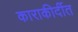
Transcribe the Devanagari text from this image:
काराकीर्दीत